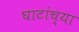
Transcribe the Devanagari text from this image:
घाटांच्या